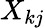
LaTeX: X_{kj}